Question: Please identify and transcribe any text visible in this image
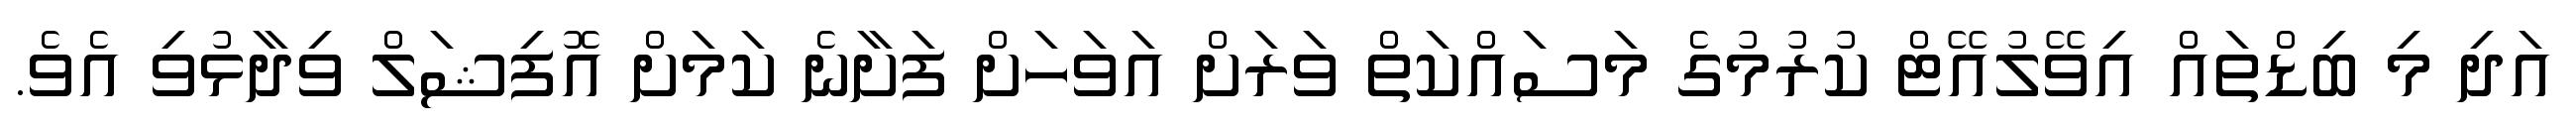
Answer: އަދި މި ބިޑްތައް އިވޭލުއޭޓް ކުރުމުގެ މަސައްކަތް ވަރަށް އަވަހަށް ފަށާނެ ކަމަށް އޮފިޝަލް ވިދާޅުވި އެވެ.